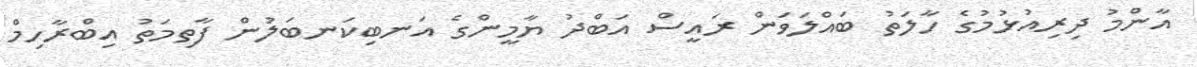
އާންމު ދިރިއުޅުމުގެ ހާލަތު ބައްލަވަން ރައީސް އަބްދު ޔާމީންގެ އަނބިކަނބަލުން ފާތިމަތު އިބްރާހިމް